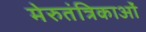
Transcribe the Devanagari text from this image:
मेरुतंत्रिकाओं